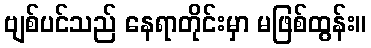
ဗျစ်ပင်သည် နေရာတိုင်းမှာ မဖြစ်ထွန်း။